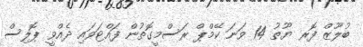
ބުލޫޒް ފޮރ ޔޫތު 14 ވަނަ ކޭމްޕް ރަސްމީގޮތުން ފައްޓަވައި ދެއްވީ ޕޮލިސް